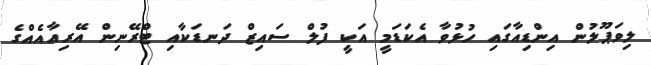
ލިވަޕޫލުން އިންޑިއާގައި ހުޅުވާ އެކަޑަމީ އަކީ ފުލް ސައިޒް ދަނޑަކާއި ޓްރޭނިން އޭރިއާއެއްގެ